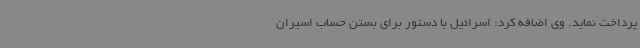
پرداخت نماید. وی اضافه کرد: اسرائیل با دستور برای بستن حساب اسیران